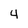
Character: 4